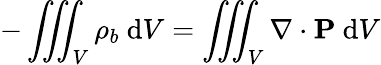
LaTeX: -\iiint_{V}\rho_{b}\ \mathrm{d}V=\iiint_{V}\nabla\cdot\mathbf{P}\ \mathrm{d}V